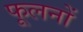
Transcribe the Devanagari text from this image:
फूलनों